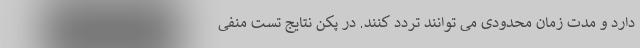
دارد و مدت زمان محدودی می توانند تردد کنند. در پکن نتایج تست منفی